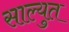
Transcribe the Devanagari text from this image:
साल्युत